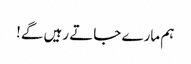
ہم مارے جاتے رہیں گے!